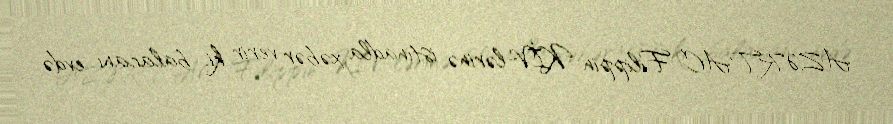
AZƏRTAC Filippin KİV-lərinə istinadla xəbər verir ki, balacanı evdə